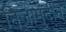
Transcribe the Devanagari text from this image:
निज़ामुदीन